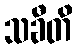
သခီတိ